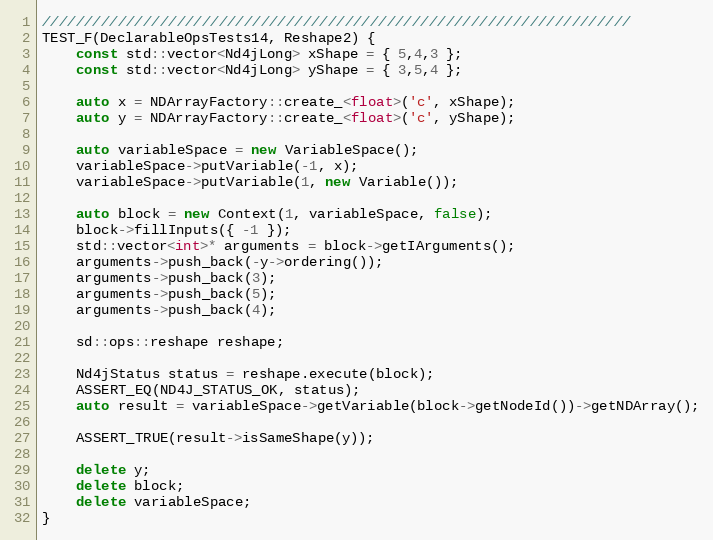
Language: C++
//////////////////////////////////////////////////////////////////////
TEST_F(DeclarableOpsTests14, Reshape2) {
    const std::vector<Nd4jLong> xShape = { 5,4,3 };
    const std::vector<Nd4jLong> yShape = { 3,5,4 };

    auto x = NDArrayFactory::create_<float>('c', xShape);
    auto y = NDArrayFactory::create_<float>('c', yShape);

    auto variableSpace = new VariableSpace();
    variableSpace->putVariable(-1, x);
    variableSpace->putVariable(1, new Variable());

    auto block = new Context(1, variableSpace, false);
    block->fillInputs({ -1 });
    std::vector<int>* arguments = block->getIArguments();
    arguments->push_back(-y->ordering());
    arguments->push_back(3);
    arguments->push_back(5);
    arguments->push_back(4);

    sd::ops::reshape reshape;

    Nd4jStatus status = reshape.execute(block);
    ASSERT_EQ(ND4J_STATUS_OK, status);
    auto result = variableSpace->getVariable(block->getNodeId())->getNDArray();

    ASSERT_TRUE(result->isSameShape(y));

    delete y;
    delete block;
    delete variableSpace;
}